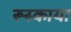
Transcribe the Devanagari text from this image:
रूस्काया